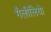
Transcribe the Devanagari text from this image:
गैलीलियेा